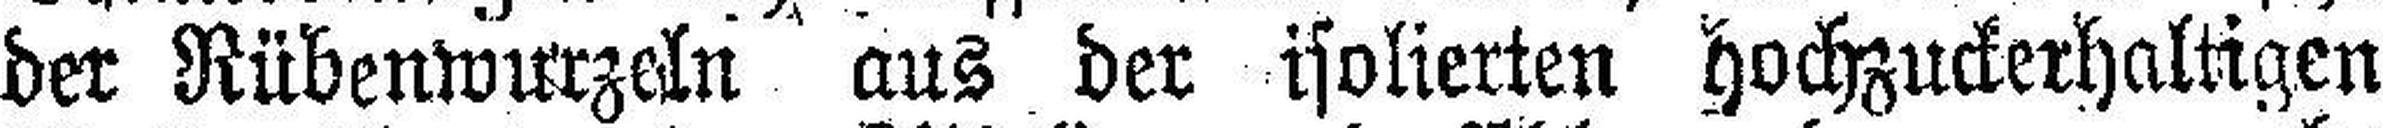
der Rübenwurzeln aus der isolierten hochzuckerhaltigen